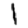
Digit: 1